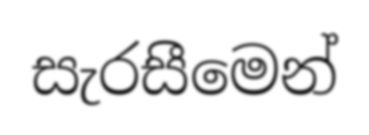
සැරසීමෙන්